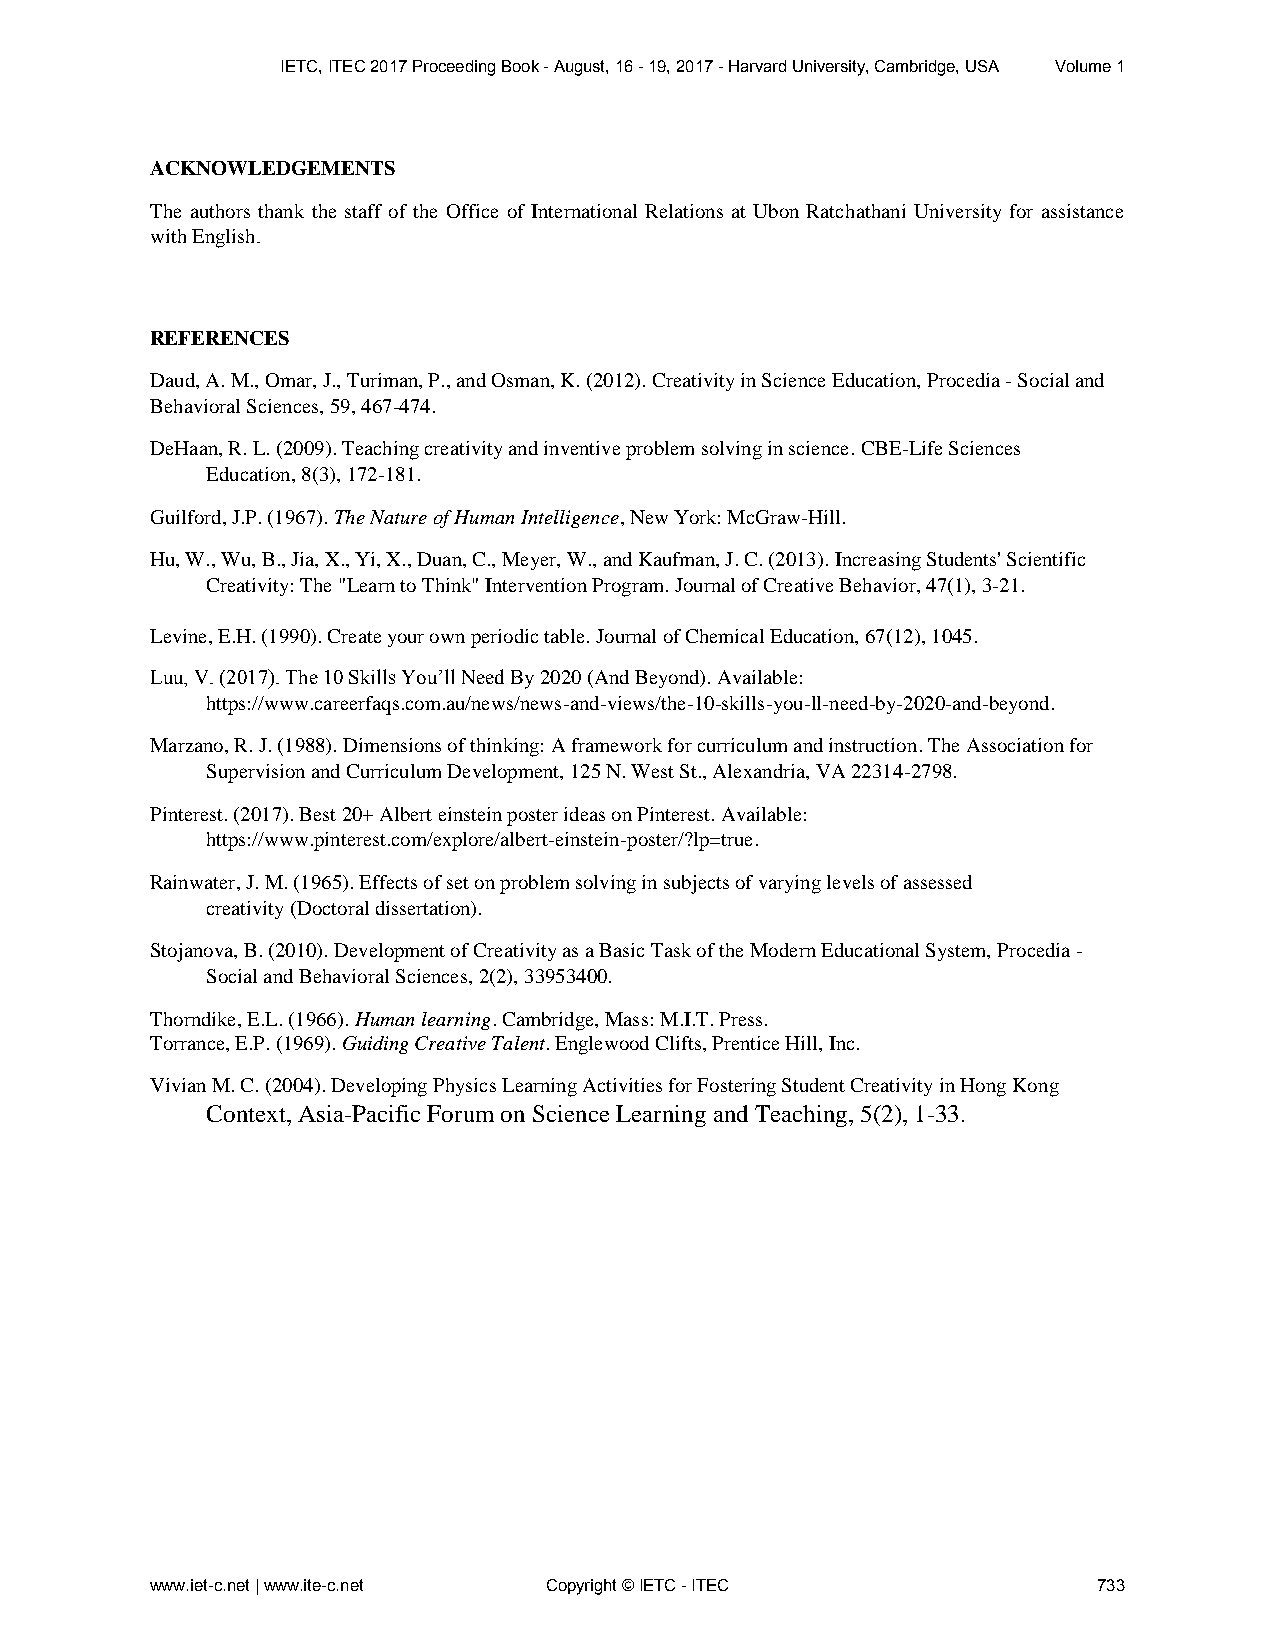
IETC, ITEC 2017 Proceeding Book - August, 16 - 19, 2017 - Harvard University, Cambridge, USA Volume 1
 ACKNOWLEDGEMENTS
 The authors thank the staff of the Office of International Relations at Ubon Ratchathani University for assistance
 with English.
 REFERENCES
 Daud, A. M., Omar, J., Turiman, P., and Osman, K. (2012). Creativity in Science Education, Procedia - Social and
 Behavioral Sciences, 59, 467-474.
 DeHaan, R. L. (2009). Teaching creativity and inventive problem solving in science. CBE-Life Sciences
 Education, 8(3), 172-181.
 Guilford, J.P. (1967). The Nature of Human Intelligence, New York: McGraw-Hill.
 Hu, W., Wu, B., Jia, X., Yi, X., Duan, C., Meyer, W., and Kaufman, J. C. (2013). Increasing Students' Scientific
 Creativity: The "Learn to Think" Intervention Program. Journal of Creative Behavior, 47(1), 3-21.
 Levine, E.H. (1990). Create your own periodic table. Journal of Chemical Education, 67(12), 1045.
 Luu, V. (2017). The 10 Skills You’ll Need By 2020 (And Beyond). Available:
 https://www.careerfaqs.com.au/news/news-and-views/the-10-skills-you-ll-need-by-2020-and-beyond.
 Marzano, R. J. (1988). Dimensions of thinking: A framework for curriculum and instruction. The Association for
 Supervision and Curriculum Development, 125 N. West St., Alexandria, VA 22314-2798.
 Pinterest. (2017). Best 20+ Albert einstein poster ideas on Pinterest. Available:
 https://www.pinterest.com/explore/albert-einstein-poster/?lp=true.
 Rainwater, J. M. (1965). Effects of set on problem solving in subjects of varying levels of assessed
 creativity (Doctoral dissertation).
 Stojanova, B. (2010). Development of Creativity as a Basic Task of the Modern Educational System, Procedia -
 Social and Behavioral Sciences, 2(2), 33953400.
 Thorndike, E.L. (1966). Human learning. Cambridge, Mass: M.I.T. Press.
 Torrance, E.P. (1969). Guiding Creative Talent. Englewood Clifts, Prentice Hill, Inc.
 Vivian M. C. (2004). Developing Physics Learning Activities for Fostering Student Creativity in Hong Kong
 Context, Asia-Pacific Forum on Science Learning and Teaching, 5(2), 1-33.
 www.iet-c.net | www.ite-c.net Copyright © IETC - ITEC          733